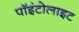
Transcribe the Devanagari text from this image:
पॉइंटोलाइट